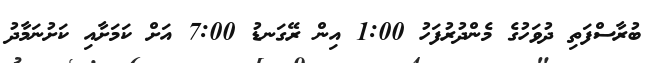
ބުރާސްފަތި ދުވަހުގެ މެންދުރުފަހު 1:00 އިން ރޭގަނޑު 7:00 އަށް ކަމަށާއި ކަށުނަމާދު